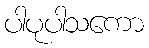
ပါပုပါသကော